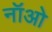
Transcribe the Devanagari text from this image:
नॉओ